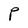
Character: P